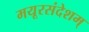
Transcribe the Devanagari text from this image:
मयूरसंदेशम्